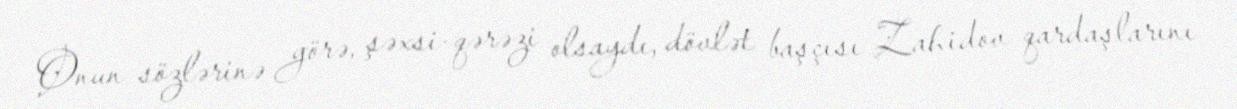
Onun sözlərinə görə, şəxsi-qərəzi olsaydı, dövlət başçısı Zahidov qardaşlarını